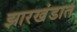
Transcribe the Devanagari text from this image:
झारखंडात